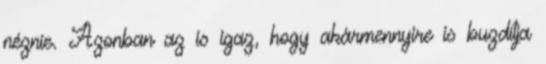
néznie. Azonban az is igaz, hogy akármennyire is buzdítja